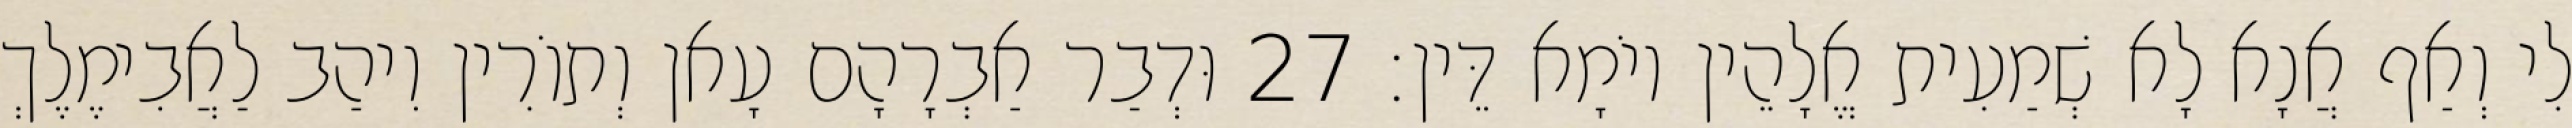
לִי וְאַף אֲנָא לָא שְׁמַעִית אֱלָהֵין יוֹמָא דֵּין׃ 27 וּדְבַר אַבְרָהָם עָאן וְתוֹרִין וִיהַב לַאֲבִימֶלֶךְ